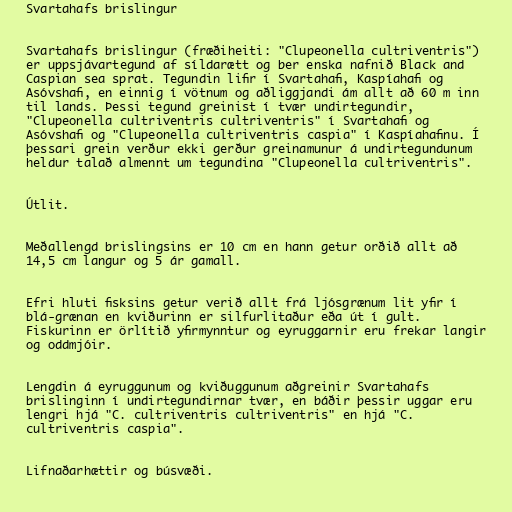
Svartahafs brislingur

Svartahafs brislingur (fræðiheiti: "Clupeonella cultriventris")
er uppsjávartegund af síldarætt og ber enska nafnið Black and
Caspian sea sprat. Tegundin lifir í Svartahafi, Kaspíahafi og
Asóvshafi, en einnig í vötnum og aðliggjandi ám allt að 60 m inn
til lands. Þessi tegund greinist í tvær undirtegundir,
"Clupeonella cultriventris cultriventris" í Svartahafi og
Asóvshafi og "Clupeonella cultriventris caspia" í Kaspíahafinu. Í
þessari grein verður ekki gerður greinamunur á undirtegundunum
heldur talað almennt um tegundina "Clupeonella cultriventris".

Útlit.

Meðallengd brislingsins er 10 cm en hann getur orðið allt að
14,5 cm langur og 5 ár gamall.

Efri hluti fisksins getur verið allt frá ljósgrænum lit yfir í
blá-grænan en kviðurinn er silfurlitaður eða út í gult.
Fiskurinn er örlítið yfirmynntur og eyruggarnir eru frekar langir
og oddmjóir.

Lengdin á eyruggunum og kviðuggunum aðgreinir Svartahafs
brislinginn í undirtegundirnar tvær, en báðir þessir uggar eru
lengri hjá "C. cultriventris cultriventris" en hjá "C.
cultriventris caspia".

Lifnaðarhættir og búsvæði.